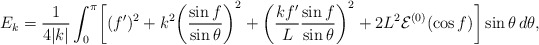
\begin{align*} E_k = \frac{1}{4|k|}\int_0^{\pi}\biggl[(f')^2 + k^2\biggl(\frac{\sin f}{\sin\theta}\biggr)^2 + \biggl(\frac{kf'}{L}\frac{\sin f}{\sin\theta}\biggr)^2 + 2L^2{\cal E}^{(0)}(\cos f) \biggr] \sin\theta\,d\theta,\end{align*}